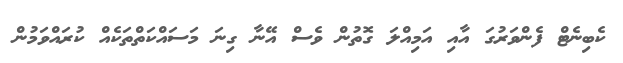
ކެބިނެޓް ފެންވަރުގަ އާއި އަމިއްލަ ގޮތުން ވެސް އޭނާ ގިނަ މަސައްކަތްތަކެއް ކުރައްވަމުން